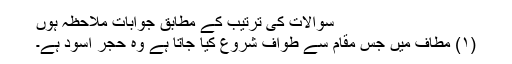
سوالات کی ترتیب کے مطابق جوابات ملاحظہ ہوں
(۱) مطاف میں جس مقام سے طواف شروع کیا جاتا ہے وہ حجر اسود ہے۔